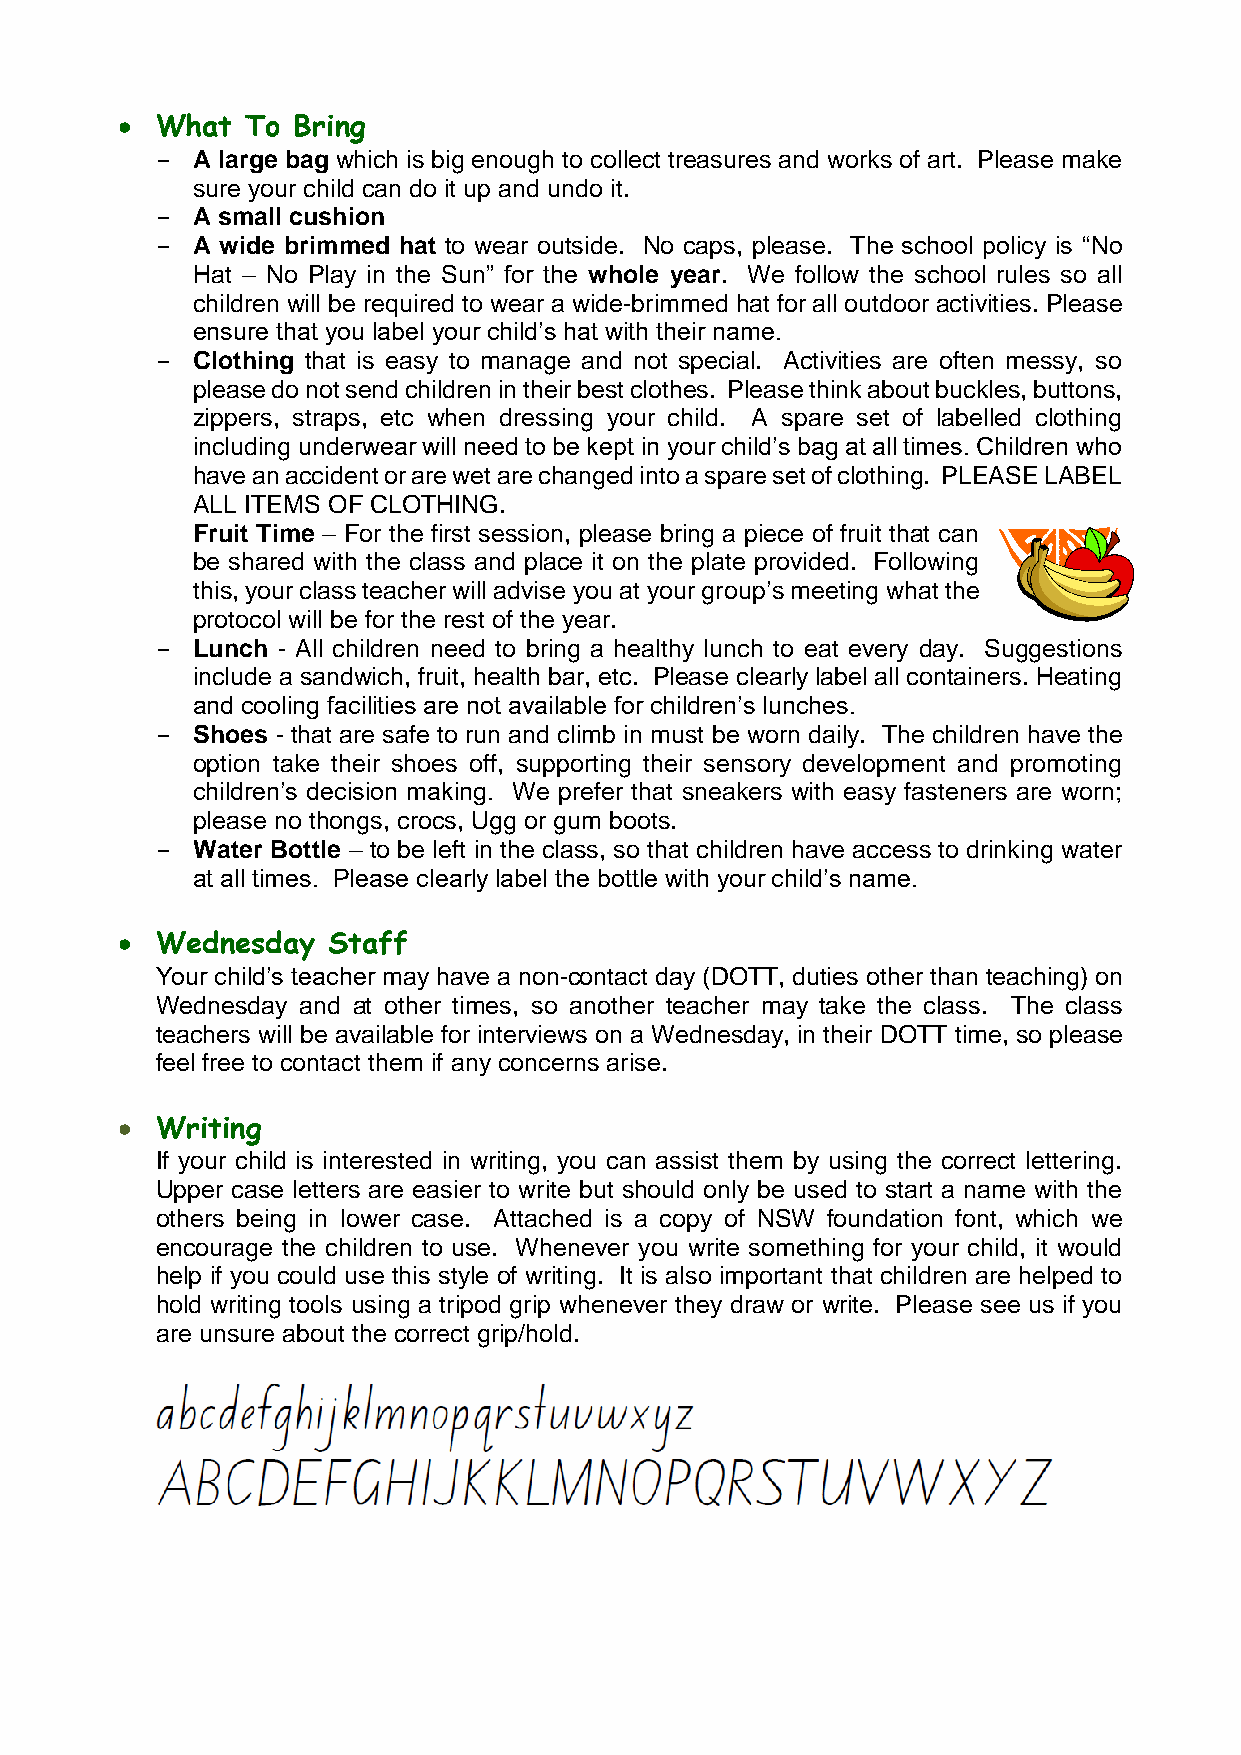
 What  To Bring
 -  A large bag which is big enough to collect treasures and works of art. Please make
 sure your child can do it up and undo it.
 -  A small cushion
 -  A wide brimmed hat to wear outside. No caps, please. The school policy is “No
 Hat – No Play in the Sun” for the whole year. We follow the school rules so all
 children will be required to wear a wide-brimmed hat for all outdoor activities. Please
 ensure that you label your child’s hat with their name.
 -  Clothing that is easy to manage and not special. Activities are often messy, so
 please do not send children in their best clothes. Please think about buckles, buttons,
 zippers, straps, etc when dressing your child. A spare set of labelled clothing
 including underwear will need to be kept in your child’s bag at all times. Children who
 have an accident or are wet are changed into a spare set of clothing. PLEASE LABEL
 ALL ITEMS OF CLOTHING.
 Fruit Time – For the first session, please bring a piece of fruit that can
 be shared with the class and place it on the plate provided. Following
 this, your class teacher will advise you at your group’s meeting what the
 protocol will be for the rest of the year.
 -  Lunch - All children need to bring a healthy lunch to eat every day. Suggestions
 include a sandwich, fruit, health bar, etc. Please clearly label all containers. Heating
 and cooling facilities are not available for children’s lunches.
 -  Shoes - that are safe to run and climb in must be worn daily. The children have the
 option take their shoes off, supporting their sensory development and promoting
 children’s decision making. We prefer that sneakers with easy fasteners are worn;
 please no thongs, crocs, Ugg or gum boots.
 -  Water Bottle – to be left in the class, so that children have access to drinking water
 at all times. Please clearly label the bottle with your child’s name.
  Wednesday   Staff
 Your child’s teacher may have a non-contact day (DOTT, duties other than teaching) on
 Wednesday and at other times, so another teacher may take the class. The class
 teachers will be available for interviews on a Wednesday, in their DOTT time, so please
 feel free to contact them if any concerns arise.
  Writing
 If your child is interested in writing, you can assist them by using the correct lettering.
 Upper case letters are easier to write but should only be used to start a name with the
 others being in lower case. Attached is a copy of NSW foundation font, which we
 encourage the children to use. Whenever you write something for your child, it would
 help if you could use this style of writing. It is also important that children are helped to
 hold writing tools using a tripod grip whenever they draw or write. Please see us if you
 are unsure about the correct grip/hold.